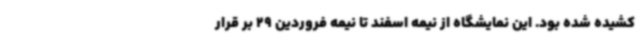
کشیده شده بود. این نمایشگاه از نیمه اسفند تا نیمه فروردین 29 بر قرار